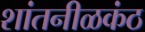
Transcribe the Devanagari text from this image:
शांतनीळकंठ